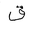
Letter: _qaf